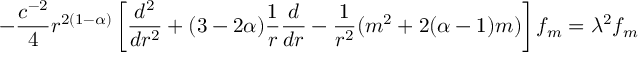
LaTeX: - \frac { c ^ { - 2 } } { 4 } r ^ { 2 ( 1 - \alpha ) } \left[ \frac { d ^ { 2 } } { d r ^ { 2 } } + ( 3 - 2 \alpha ) \frac { 1 } { r } \frac { d } { d r } - \frac { 1 } { r ^ { 2 } } ( m ^ { 2 } + 2 ( \alpha - 1 ) m ) \right] f _ { m } = \lambda ^ { 2 } f _ { m }